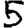
Digit: 5